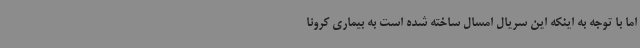
اما با توجه به اینکه این سریال امسال ساخته شده است به بیماری کرونا